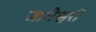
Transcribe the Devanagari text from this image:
जागेश्वरी